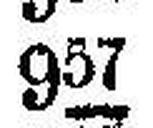
957